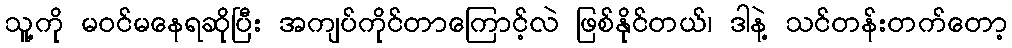
သူ့ကို မဝင်မနေရဆိုပြီး အကျပ်ကိုင်တာကြောင့်လဲ ဖြစ်နိုင်တယ်၊ ဒါနဲ့ သင်တန်းတက်တော့